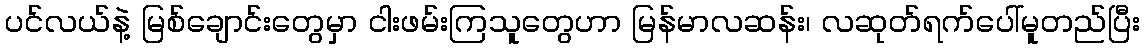
ပင်လယ်နဲ့ မြစ်ချောင်းတွေမှာ ငါးဖမ်းကြသူတွေဟာ မြန်မာလဆန်း၊ လဆုတ်ရက်ပေါ်မူတည်ပြီး